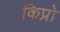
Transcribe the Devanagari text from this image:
किप्रो